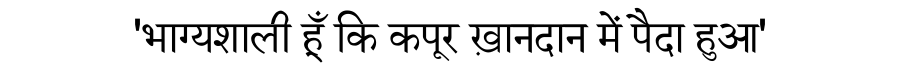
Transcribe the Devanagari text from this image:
'भाग्यशाली हूँ कि कपूर ख़ानदान में पैदा हुआ'